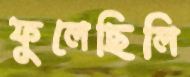
ফুলেছিলি